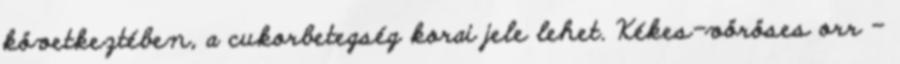
következtében, a cukorbetegség korai jele lehet. Kékes-vöröses orr –